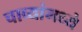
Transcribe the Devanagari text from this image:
चाव्यांमध्ये